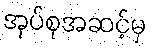
အုပ်စုအဆင့်မှ